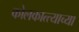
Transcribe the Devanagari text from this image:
कोलकात्त्याच्या